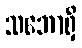
သဘောရှိ